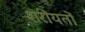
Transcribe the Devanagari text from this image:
शरीयतों